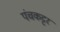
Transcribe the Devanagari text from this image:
पंचकट्टर